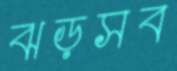
ঝড়সব